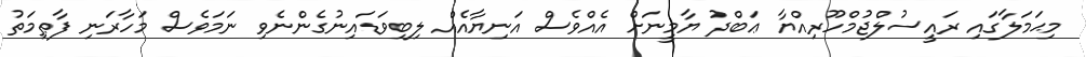
މިޙަމަލާގައި ރައީސުލްޖުމްހޫރިއްޔާ ޢަބްދު ޔާމީނަށް އެއްވެސް އަނިޔާއެއް ލިބިވަޑައިނުގެންނެވި ނަމަވެސް މަހާރަނި ފާޠިމަތު